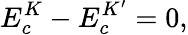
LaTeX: E_{c}^{K}-E_{c}^{K^{\prime}}=0,